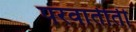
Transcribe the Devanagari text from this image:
परवार्तीती